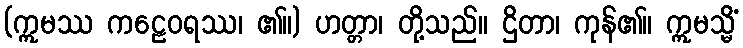
(ဣမဿ ကဠေဝရဿ၊ ၏။) ဟတ္တာ၊ တို့သည်။ ဌိတာ၊ ကုန်၏။ ဣမသ္မိံ